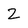
Character: Z